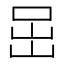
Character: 𡶸